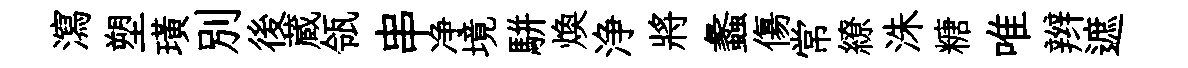
瀉塑璜別後蔵瓴串净境駢焕浄將蠡傷常繚洙糖唯辫遮